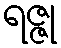
ရဇ္ဇု